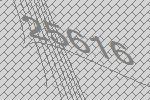
25616